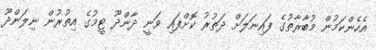
އެހެންކަމުން މުބާރާތުގެ ފައިނަލަށް ދަތުރު ކޮށްފައި ވަނީ ދާންދޫ ޓީމުގެ އިތުރުން ނިލަންދޫ